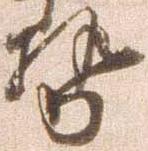
勢